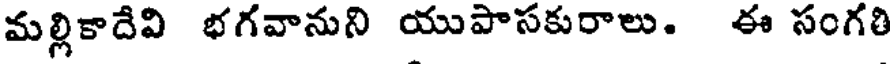
మల్లికాదేవి భగవానుని యుపాసకురాలు. ఈ సంగరి